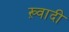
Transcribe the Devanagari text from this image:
ख़्वादी